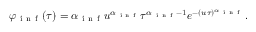
\varphi _ { \mathrm { ~ i ~ n ~ f ~ } } ( \tau ) = \alpha _ { \mathrm { ~ i ~ n ~ f ~ } } u ^ { \alpha _ { \mathrm { ~ i ~ n ~ f ~ } } } \tau ^ { \alpha _ { \mathrm { ~ i ~ n ~ f ~ } } - 1 } e ^ { - ( u \tau ) ^ { \alpha _ { \mathrm { ~ i ~ n ~ f ~ } } } } .